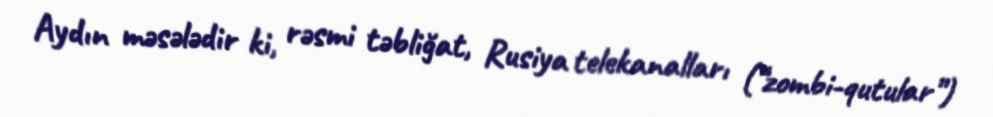
Aydın məsələdir ki, rəsmi təbliğat, Rusiya telekanalları (“zombi-qutular”)